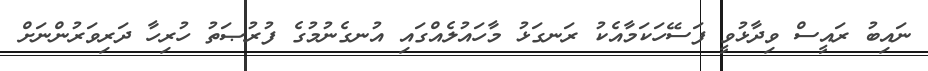
ނައިބު ރައީސް ވިދާޅުވީ ފަސޭހަކަމާއެކު ރަނގަޅު މާހައުލެއްގައި އުނގެނުމުގެ ފުރުޞަތު ހުރިހާ ދަރިވަރުންނަށް